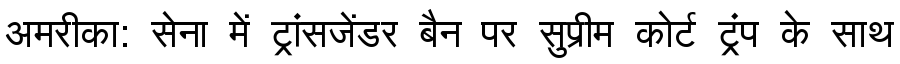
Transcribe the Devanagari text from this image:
अमरीका: सेना में ट्रांसजेंडर बैन पर सुप्रीम कोर्ट ट्रंप के साथ